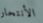
الأنتحار